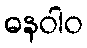
ဓနဝါဝ